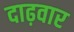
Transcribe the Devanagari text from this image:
दाढ़वार